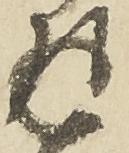
返